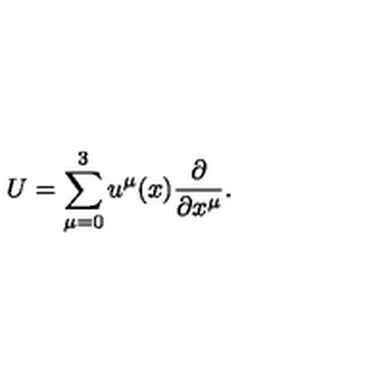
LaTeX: U = \sum _ { \mu = 0 } ^ { 3 } u ^ { \mu } ( x ) \frac { \partial } { \partial x ^ { \mu } } .